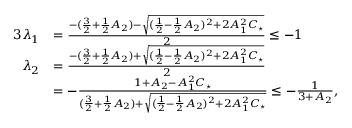
\begin{array} { r l } { { 3 } \lambda _ { 1 } } & { = \frac { - ( \frac { 3 } { 2 } + \frac { 1 } { 2 } A _ { 2 } ) - \sqrt { ( \frac { 1 } { 2 } - \frac { 1 } { 2 } A _ { 2 } ) ^ { 2 } + 2 A _ { 1 } ^ { 2 } C _ { \star } } } { 2 } \leq - 1 } \\ { \lambda _ { 2 } } & { = \frac { - ( \frac { 3 } { 2 } + \frac { 1 } { 2 } A _ { 2 } ) + \sqrt { ( \frac { 1 } { 2 } - \frac { 1 } { 2 } A _ { 2 } ) ^ { 2 } + 2 A _ { 1 } ^ { 2 } C _ { \star } } } { 2 } } \\ & { = - \frac { 1 + A _ { 2 } - A _ { 1 } ^ { 2 } C _ { \star } } { ( \frac { 3 } { 2 } + \frac { 1 } { 2 } A _ { 2 } ) + \sqrt { ( \frac { 1 } { 2 } - \frac { 1 } { 2 } A _ { 2 } ) ^ { 2 } + 2 A _ { 1 } ^ { 2 } C _ { \star } } } \leq - \frac { 1 } { 3 + A _ { 2 } } , } \end{array}